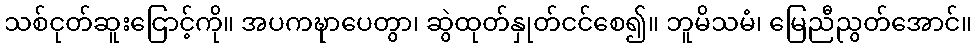
သစ်ငုတ်ဆူးငြောင့်ကို။ အပကဍ္ဎာပေတွာ၊ ဆွဲထုတ်နှုတ်ငင်စေ၍။ ဘူမိသမံ၊ မြေညီညွတ်အောင်။